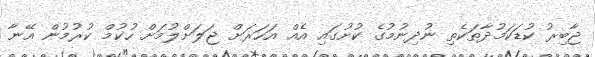
ޖާބިރު ކުޑަކަމުދާތަކެތި ނުދިނުމުގެ ކުށުގައި އެއް އަހަރަށް ޖަލަށްލުމަށް ހުކުމް ކުރުމުން އޭނާ